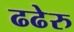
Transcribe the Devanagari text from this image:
ढढेरु